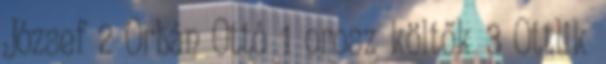
József 2 Orbán Ottó 1 orosz költők 3 Ottlik